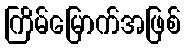
ကြိမ်မြောက်အဖြစ်